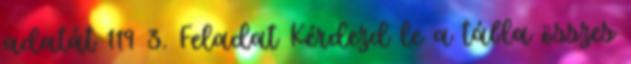
adatát 119 3. Feladat Kérdezd le a tábla összes